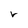
Character: r